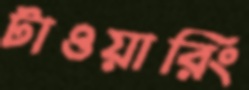
টাওয়ারিং